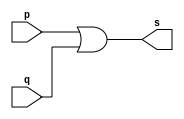
// -------------------------
// Exemplo0015 - OR 
// Nome: Andr Henriques Fernandes 
// ------------------------- 
 
// ------------------------- 
// -- or gate 
// ------------------------- 
module orgate ( output s, input  p, input  q); 
 
 assign s = p | q;
  
endmodule // orgate 
 
// --------------------- 
// -- test or gate 
// --------------------- 
module testorgate; 
// ------------------------- dados locais 
   reg   a, b, c; // definir registradores 
   wire  s, s1;    // definir conexao (fio) 
// ------------------------- instancia 
   orgate OR1 (s1, a, b);                    // DEFINIR EM OUTRO MODULO
	orgate OR2 (s, s1, c);
// ------------------------- preparacao 
   initial begin:start 
                   // atribuicao simultanea 
                   // dos valores iniciais 
      a=0; b=0; c=0;
   end 
  
// ------------------------- parte principal 
 
   initial begin 
      $display("Exemplo0015 - Andre Henriques Fernandes - 427386"); 
      $display("Test OR gate"); 
      $display("\na & b = s1\n");
		$display("s1 & c = s\n");
		$monitor("%b & %b & %b = %b", a, b, c, s); 
      a=0; b=0; c=0;
  #1  a=0; b=0; c=1;
  #1  a=0; b=1; c=0;
  #1  a=0; b=1; c=1;
  #1  a=1; b=0; c=0;
  #1  a=1; b=0; c=1;
  #1  a=1; b=1; c=0;
  #1  a=1; b=1; c=1;
 end 
 
endmodule // testorgate